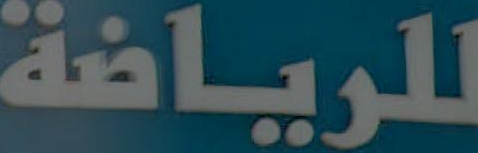
للرياضة